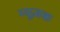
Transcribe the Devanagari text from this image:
म्यूज़क